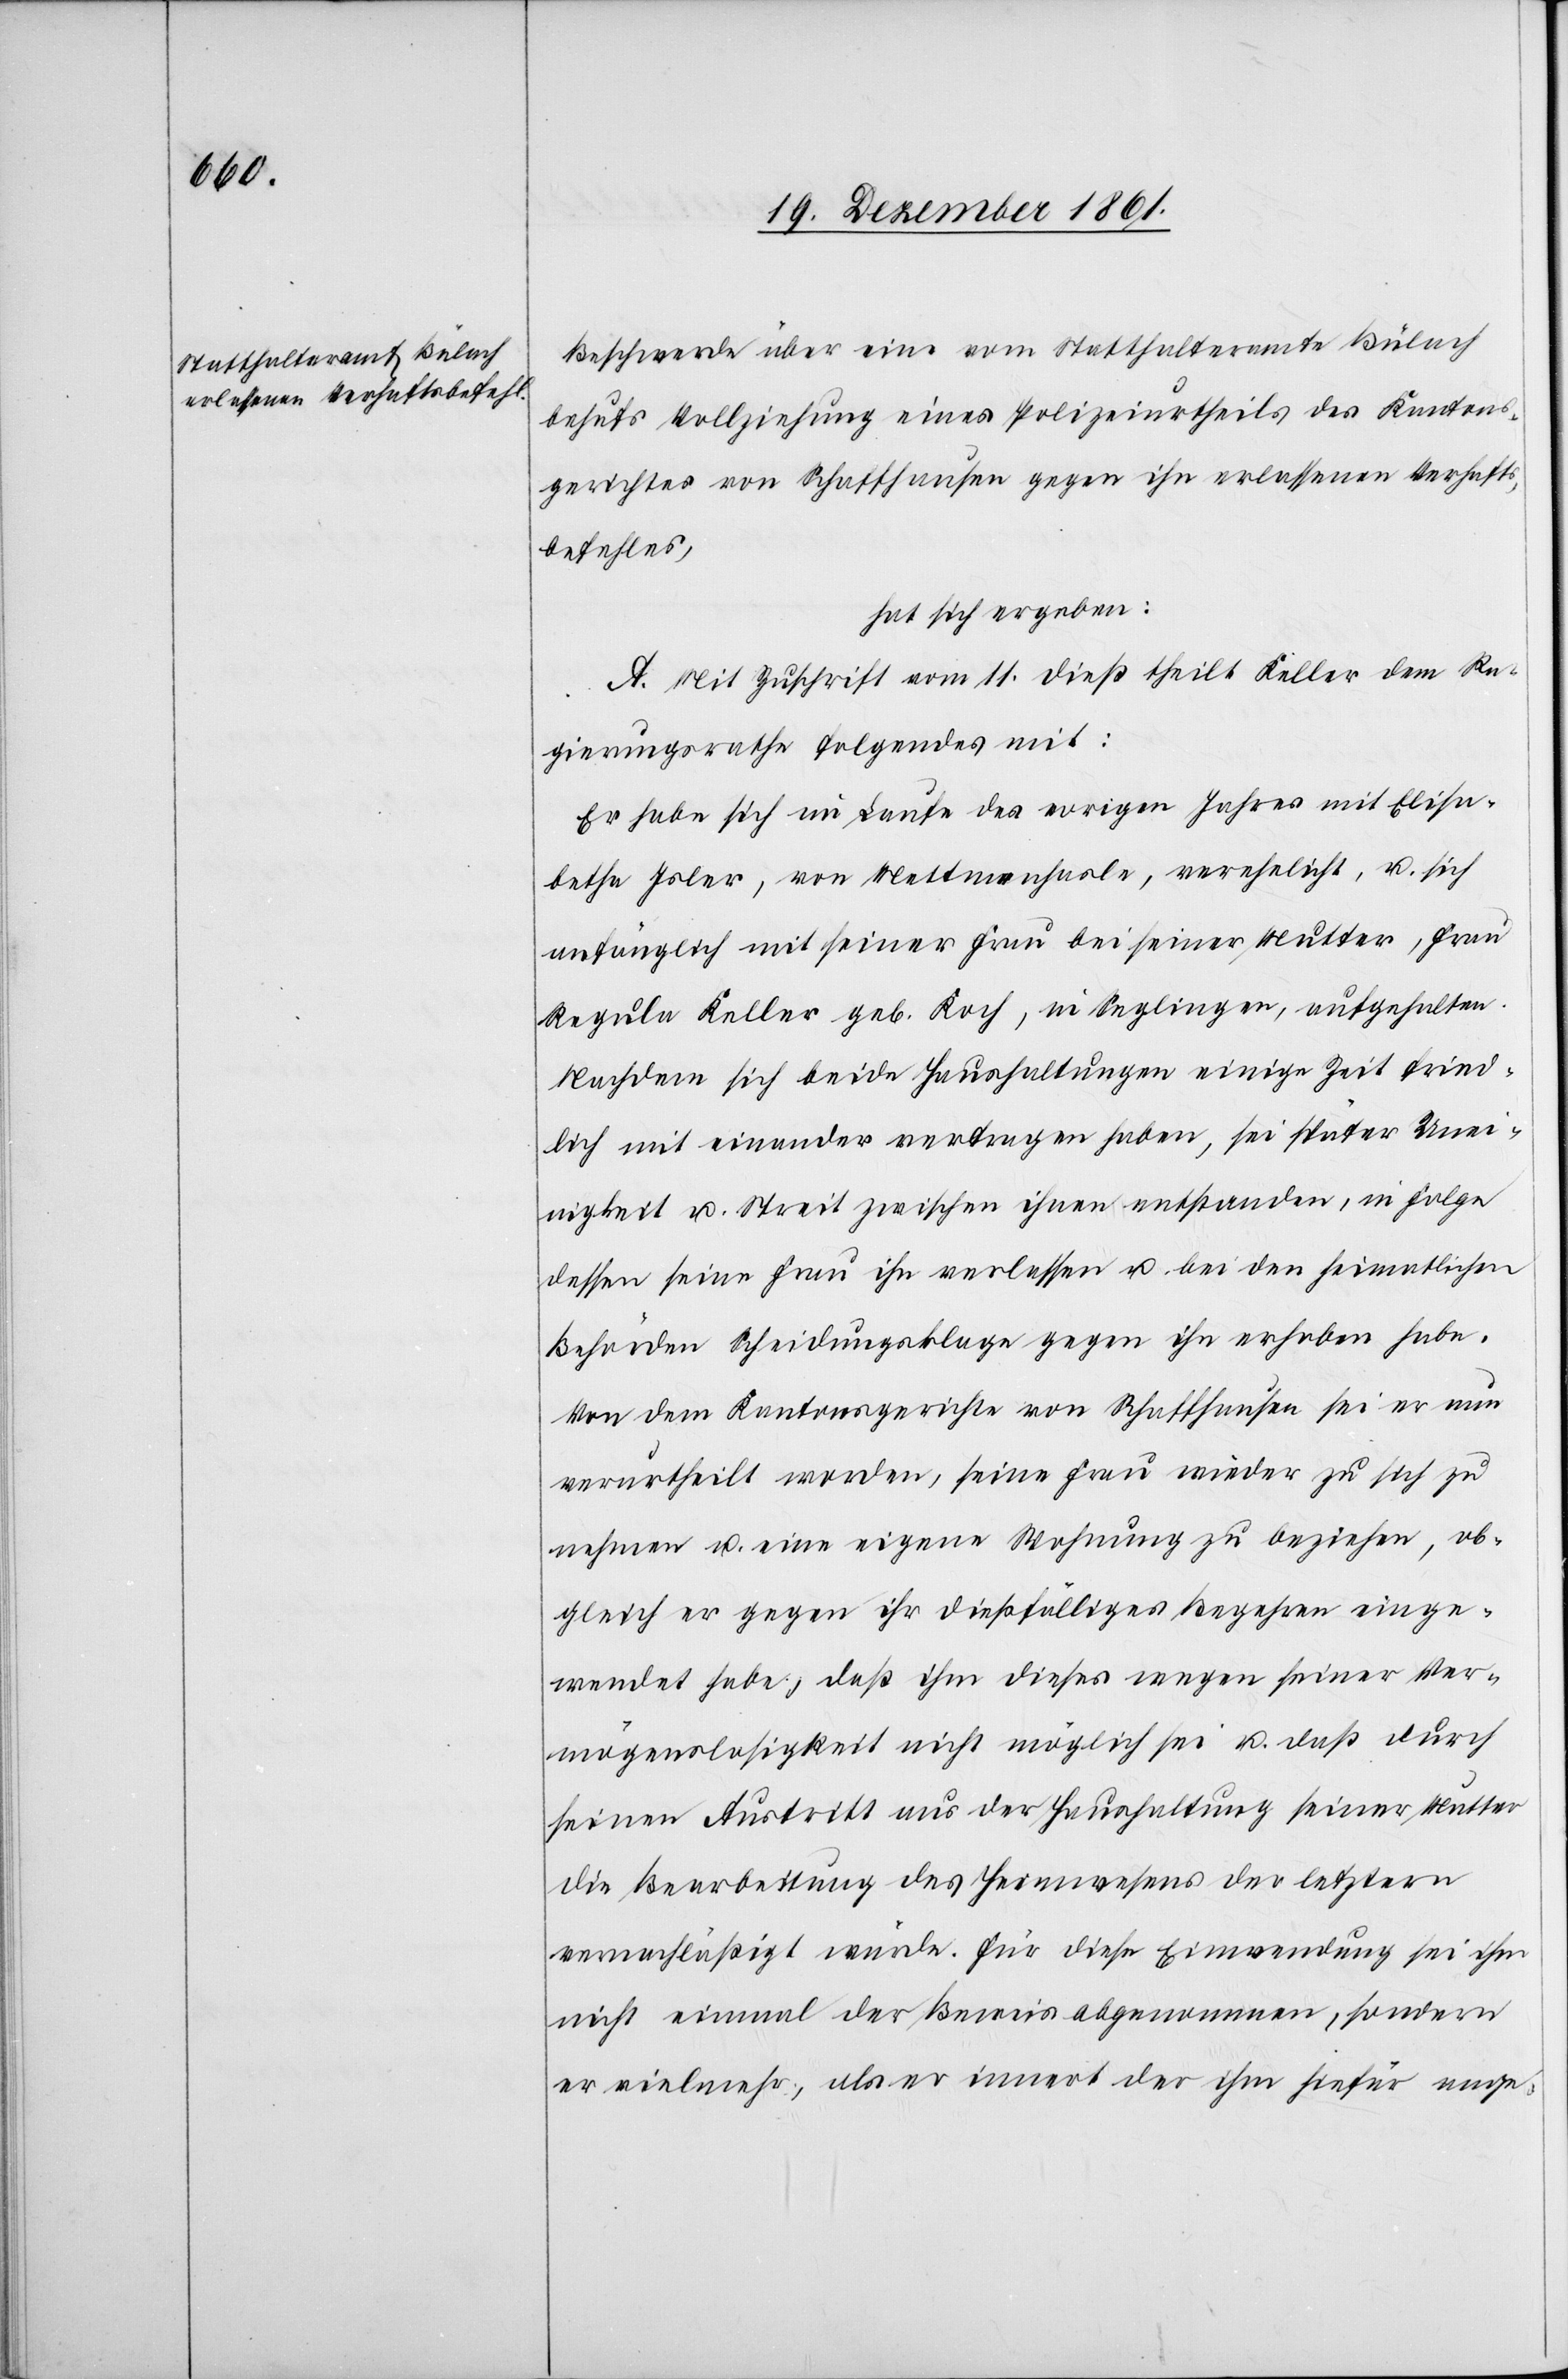
Beschwerde über ein vom Statthalteramte Bülach
behufs Vollziehung eines Polizeiurtheils des Kantons¬
gerichtes von Schaffhausen gegen ihn erlassenen Verhafts¬
befehles,
hat sich ergeben:
A. Mit Zuschrift vom 11 dieß theilt Keller dem Re¬
gierungsrathe folgendes mit:
Er habe sich im Laufe des vorigen Jahres mit Elisa¬
betha Isler, vom Mettenhasle, verehelicht, u. sich
anfänglich mit seiner Frau bei seiner Mutter, Frau
Regula Keller geb. Koch, in Seglingen, aufgehalten.
Nachdem sich beide Haushaltungen einige Zeit fried¬
lich mit einander vertragen haben, sei später Unei¬
nigkeit u. Streit zwischen ihnen entstanden, in Folge
dessen seine Frau ihn verlassen u. bei den heimatlichen
Behörden Scheidungsklage gegen ihn erhoben habe.
Von dem Kantonsgerichte von Schaffhausen sei er nun
verurtheilt worden, seine Frau wieder zu sich zu
nehmen u. eine eigene Wohnung zu beziehen, ob¬
gleich er gegen ihr dießfälliges Begehren einge¬
wendet habe, daß ihm dieses wegen seiner Ver¬
mögenslosigkeit nicht möglich sei u. daß durch
seinen Austritt aus der Haushaltung seiner Mutter
die Bearbeitung des Heimwesens der letztern
vernachläßigt würde. Für diese Einwendung sei ihm
nicht einmal der Beweis abgenommen, sondern
er vielmehr, als er innert der ihm hiefür ange-